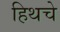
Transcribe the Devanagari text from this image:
हिथचे